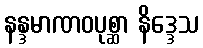
နန္ဒမာဏဝပုစ္ဆာ နိဒ္ဒေသ